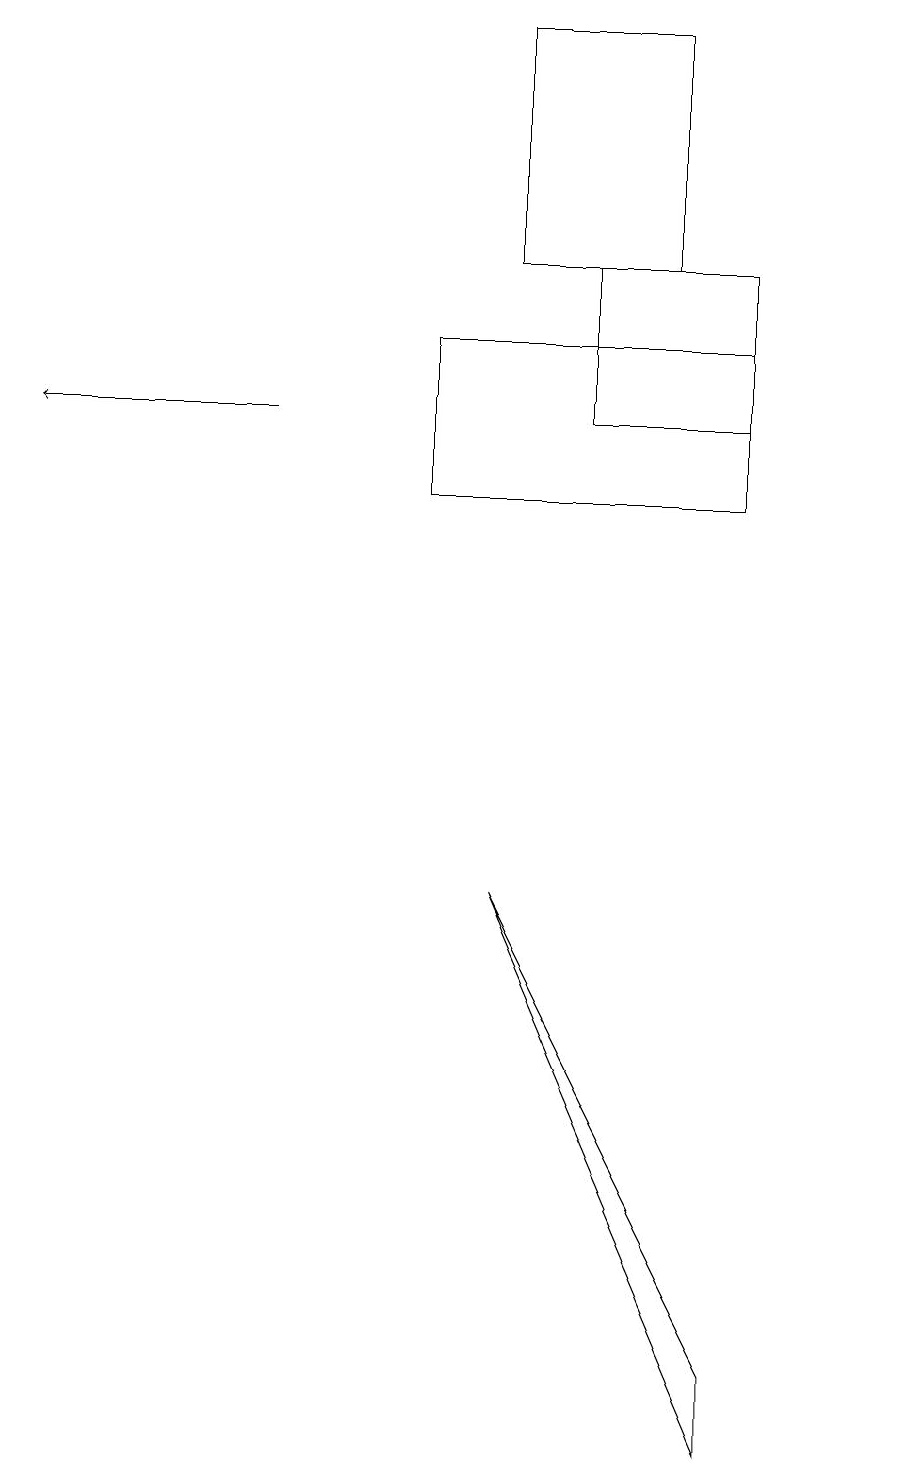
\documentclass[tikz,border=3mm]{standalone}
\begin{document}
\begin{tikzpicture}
\draw[->] (3,13) -- (0,13);
\draw (8,18) rectangle (6,15);
\draw (5,14) rectangle (9,12);
\draw (7,13) rectangle (9,15);
\draw (6,7) -- (9,1) -- (9,0) -- cycle;
\draw (11,11) circle (0);
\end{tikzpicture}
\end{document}